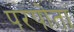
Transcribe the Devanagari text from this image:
परपोता